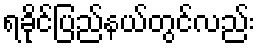
ရခိုင်ပြည်နယ်တွင်လည်း